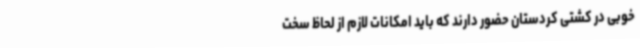
خوبی در کشتی کردستان حضور دارند که باید امکانات لازم از لحاظ سخت